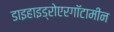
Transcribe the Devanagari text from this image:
डाइहाइड्रोएरगॉटामीन